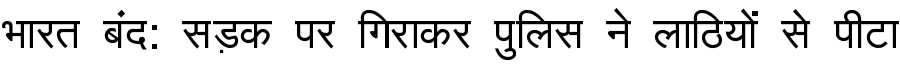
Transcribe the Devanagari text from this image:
भारत बंद: सड़क पर गिराकर पुलिस ने लाठियों से पीटा